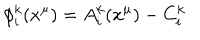
\phi _ { i } ^ { k } ( x ^ { \mu } ) = A _ { i } ^ { k } ( x ^ { \mu } ) - C _ { i } ^ { k }